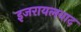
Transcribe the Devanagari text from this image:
इजरायलवाद